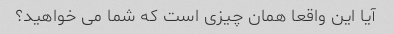
آیا این واقعا همان چیزی است که شما می خواهید؟